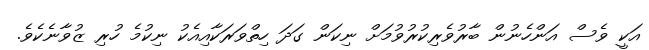
އަކީ ވެސް އަންހެނުން ބާރުވެރިކުރުވުމަށް ނިކަން ގަދަ ހިތްވަރަކާއިއެކު ނިކުމެ ހުރި ޒުވާނެކެވެ.